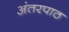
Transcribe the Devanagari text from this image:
अंतरपाठ